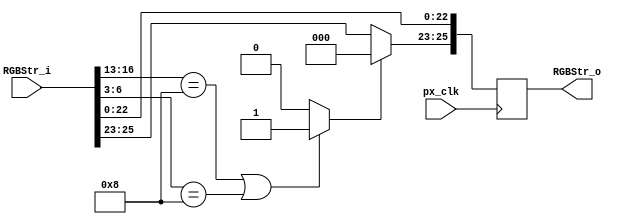
//////////////////////////////////////////////////////////////////////////////////
// Company: University of Alicante
// 
// Module Name:    PxsGridOverlay
// Description:    draw a grid overlay of size GS*GS 
//
// Dependencies: 
//
// Revision: 
// Revision 0.01 - File Created 
// 
//
// Additional Comments: based on PixelStream lib from Celoxica Ltd.
//
//	Video Stream notation 
//	- VGA: type of video 640x480 progresive
//  - S: Sync signals HSync, VSync
//	- C: Coordinates XCoord, YCoord	
//	- A: ActiveVideo 
//	- P: Pixel type RGB(1:1:1)/ Gray(3b)	

//////////////////////////////////////////////////////////////////////////////////
module PxsGridOverlay (
            input wire       px_clk,           // pixel clock
			input wire [25:0] RGBStr_i,	// HSync, VSync, XCoord, YCoord, ActiveVideo
			output reg [25:0] RGBStr_o	// HSync, VSync, XCoord, YCoord, ActiveVideo, RGB(1:1:1)
         );
		 
// alias 
`define Active 0:0
`define VS 1:1
`define HS 2:2
`define YC 12:3
`define XC 22:13
`define RGB 25:23

wire g;
parameter GS=8;  	// Grid Size must be a power of 2
parameter pS=4;	  	// log2(GS)+1
parameter color=0;	// 1: white; 0:black

// for some reason the following doesnt work
// assign g = ((RGBStr_i[`XC]%GS==0)||(RGBStr_i[`YC]%GS==0))? 1:0;

assign g = ((RGBStr_i[13+:pS]==GS)||(RGBStr_i[3+:pS]==GS))? 1:0;

always @(posedge px_clk)
begin
	if (g==1)
	begin
		RGBStr_o[`RGB] <= color? 3'b111 : 3'b000; 
	end
	else 
	begin
		RGBStr_o[`RGB] <= RGBStr_i[`RGB];
	end
	RGBStr_o[`HS] <= RGBStr_i[`HS];
    RGBStr_o[`VS] <= RGBStr_i[`VS];
	RGBStr_o[`XC] <= RGBStr_i[`XC];
    RGBStr_o[`YC] <= RGBStr_i[`YC];
	RGBStr_o[`Active] <= RGBStr_i[`Active];
end

endmodule